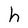
Character: h